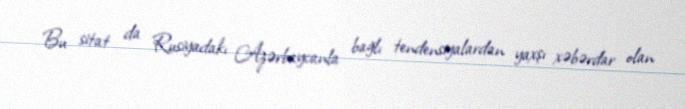
Bu sitat da Rusiyadakı Azərbaycanla bağlı tendensiyalardan yaxşı xəbərdar olan